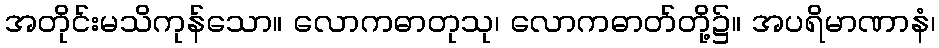
အတိုင်းမသိကုန်သော။ လောကဓာတုသု၊ လောကဓာတ်တို့၌။ အပရိမာဏာနံ၊